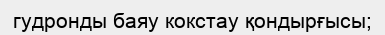
гудронды баяу кокстау қондырғысы;